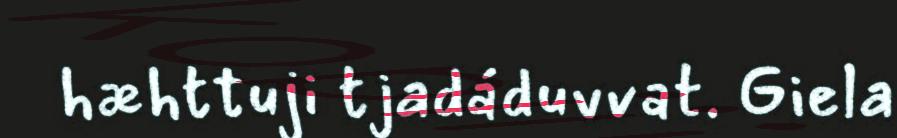
hæhttuji tjadáduvvat. Giela